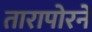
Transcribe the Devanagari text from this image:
तारापोरने